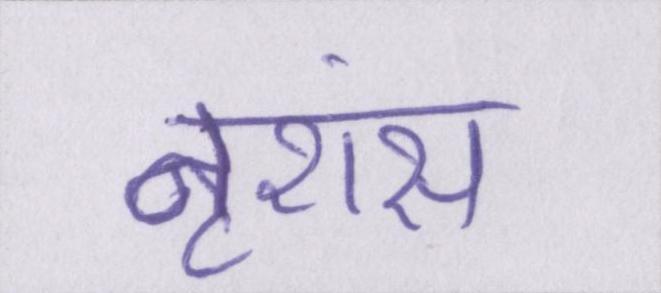
नृशंस